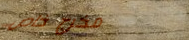
مخرج خاص